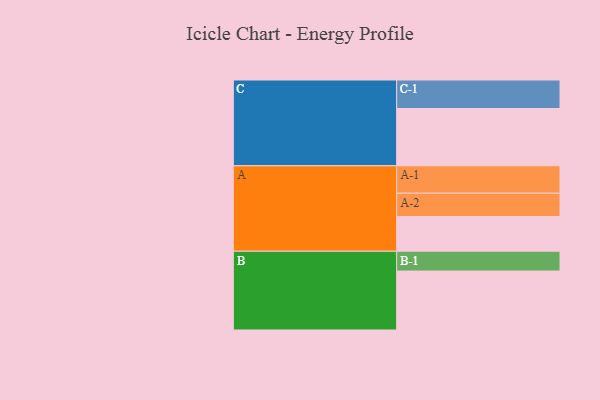
{"axis": {"x": "Segment", "y": "Value"}, "legend": ["", "A", "B", "C"], "data": [{"x": "A", "y": 347, "type": ""}, {"x": "B", "y": 589, "type": ""}, {"x": "C", "y": 572, "type": ""}, {"x": "A-1", "y": 274, "type": "A"}, {"x": "A-2", "y": 233, "type": "A"}, {"x": "B-1", "y": 198, "type": "B"}, {"x": "C-1", "y": 285, "type": "C"}]}